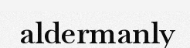
aldermanly